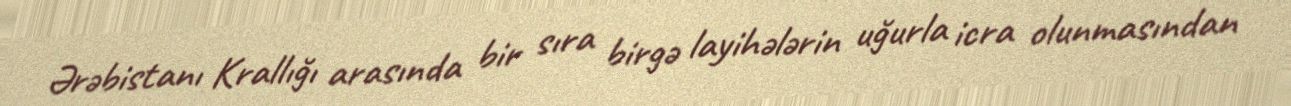
Ərəbistanı Krallığı arasında bir sıra birgə layihələrin uğurla icra olunmasından